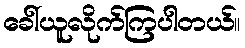
ခေါ်ယူလိုက်ကြပါတယ်။